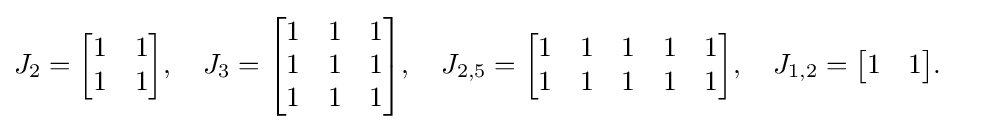
J_{2}={\begin{bmatrix}1&1\\1&1\end{bmatrix}},\quad J_{3}={\begin{bmatrix}1&1&1\\1&1&1\\1&1&1\end{bmatrix}},\quad J_{2,5}={\begin{bmatrix}1&1&1&1&1\\1&1&1&1&1\end{bmatrix}},\quad J_{1,2}={\begin{bmatrix}1&1\end{bmatrix}}.\quad